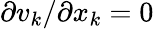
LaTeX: \partial v_{k}/\partial x_{k}=0